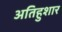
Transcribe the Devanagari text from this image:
अतिहुशार